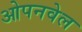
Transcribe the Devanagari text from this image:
ओपनवेल